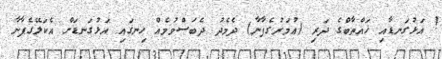
! އަޅުގަނޑާއި ޚައްޠާބްގެ ދަރި (ޢުމަރުގެފާނާ) ދެމެދު ދެބަސްވުމެއް ހިނގައި އަޅުގަނޑަށް އެކަލޭގެފާނާ